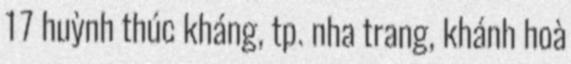
17 huỳnh thúc kháng, tp. nha trang, khánh hoà